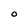
Character: O